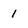
Character: 1